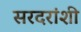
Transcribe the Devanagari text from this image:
सरदरांशी